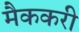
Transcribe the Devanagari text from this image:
मैककरी